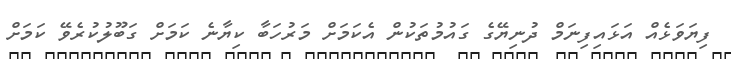
ފިޔަވަޅެއް އަޅައިފިނަމް ދުނިޔޭގެ ގައުމުތަކުން އެކަމަށް މަރުހަބާ ކިޔާނެ ކަމަށް ގަބޫލުކުރެވޭ ކަމަށް